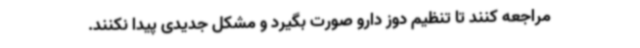
مراجعه کنند تا تنظیم دوز دارو صورت بگیرد و مشکل جدیدی پیدا نکنند.